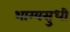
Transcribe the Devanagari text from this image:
भाग्यसुधी